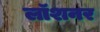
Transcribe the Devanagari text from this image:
लॉशनर